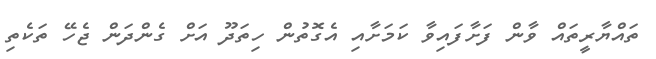
ތައްޔާރީތައް ވާން ފަށާފައިވާ ކަމަށާއި އެގޮތުން ހިތަދޫ އަށް ގެންދަން ޖެހޭ ތަކެތި